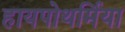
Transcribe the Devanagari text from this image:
हायपोथर्मिया